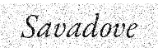
Savadove